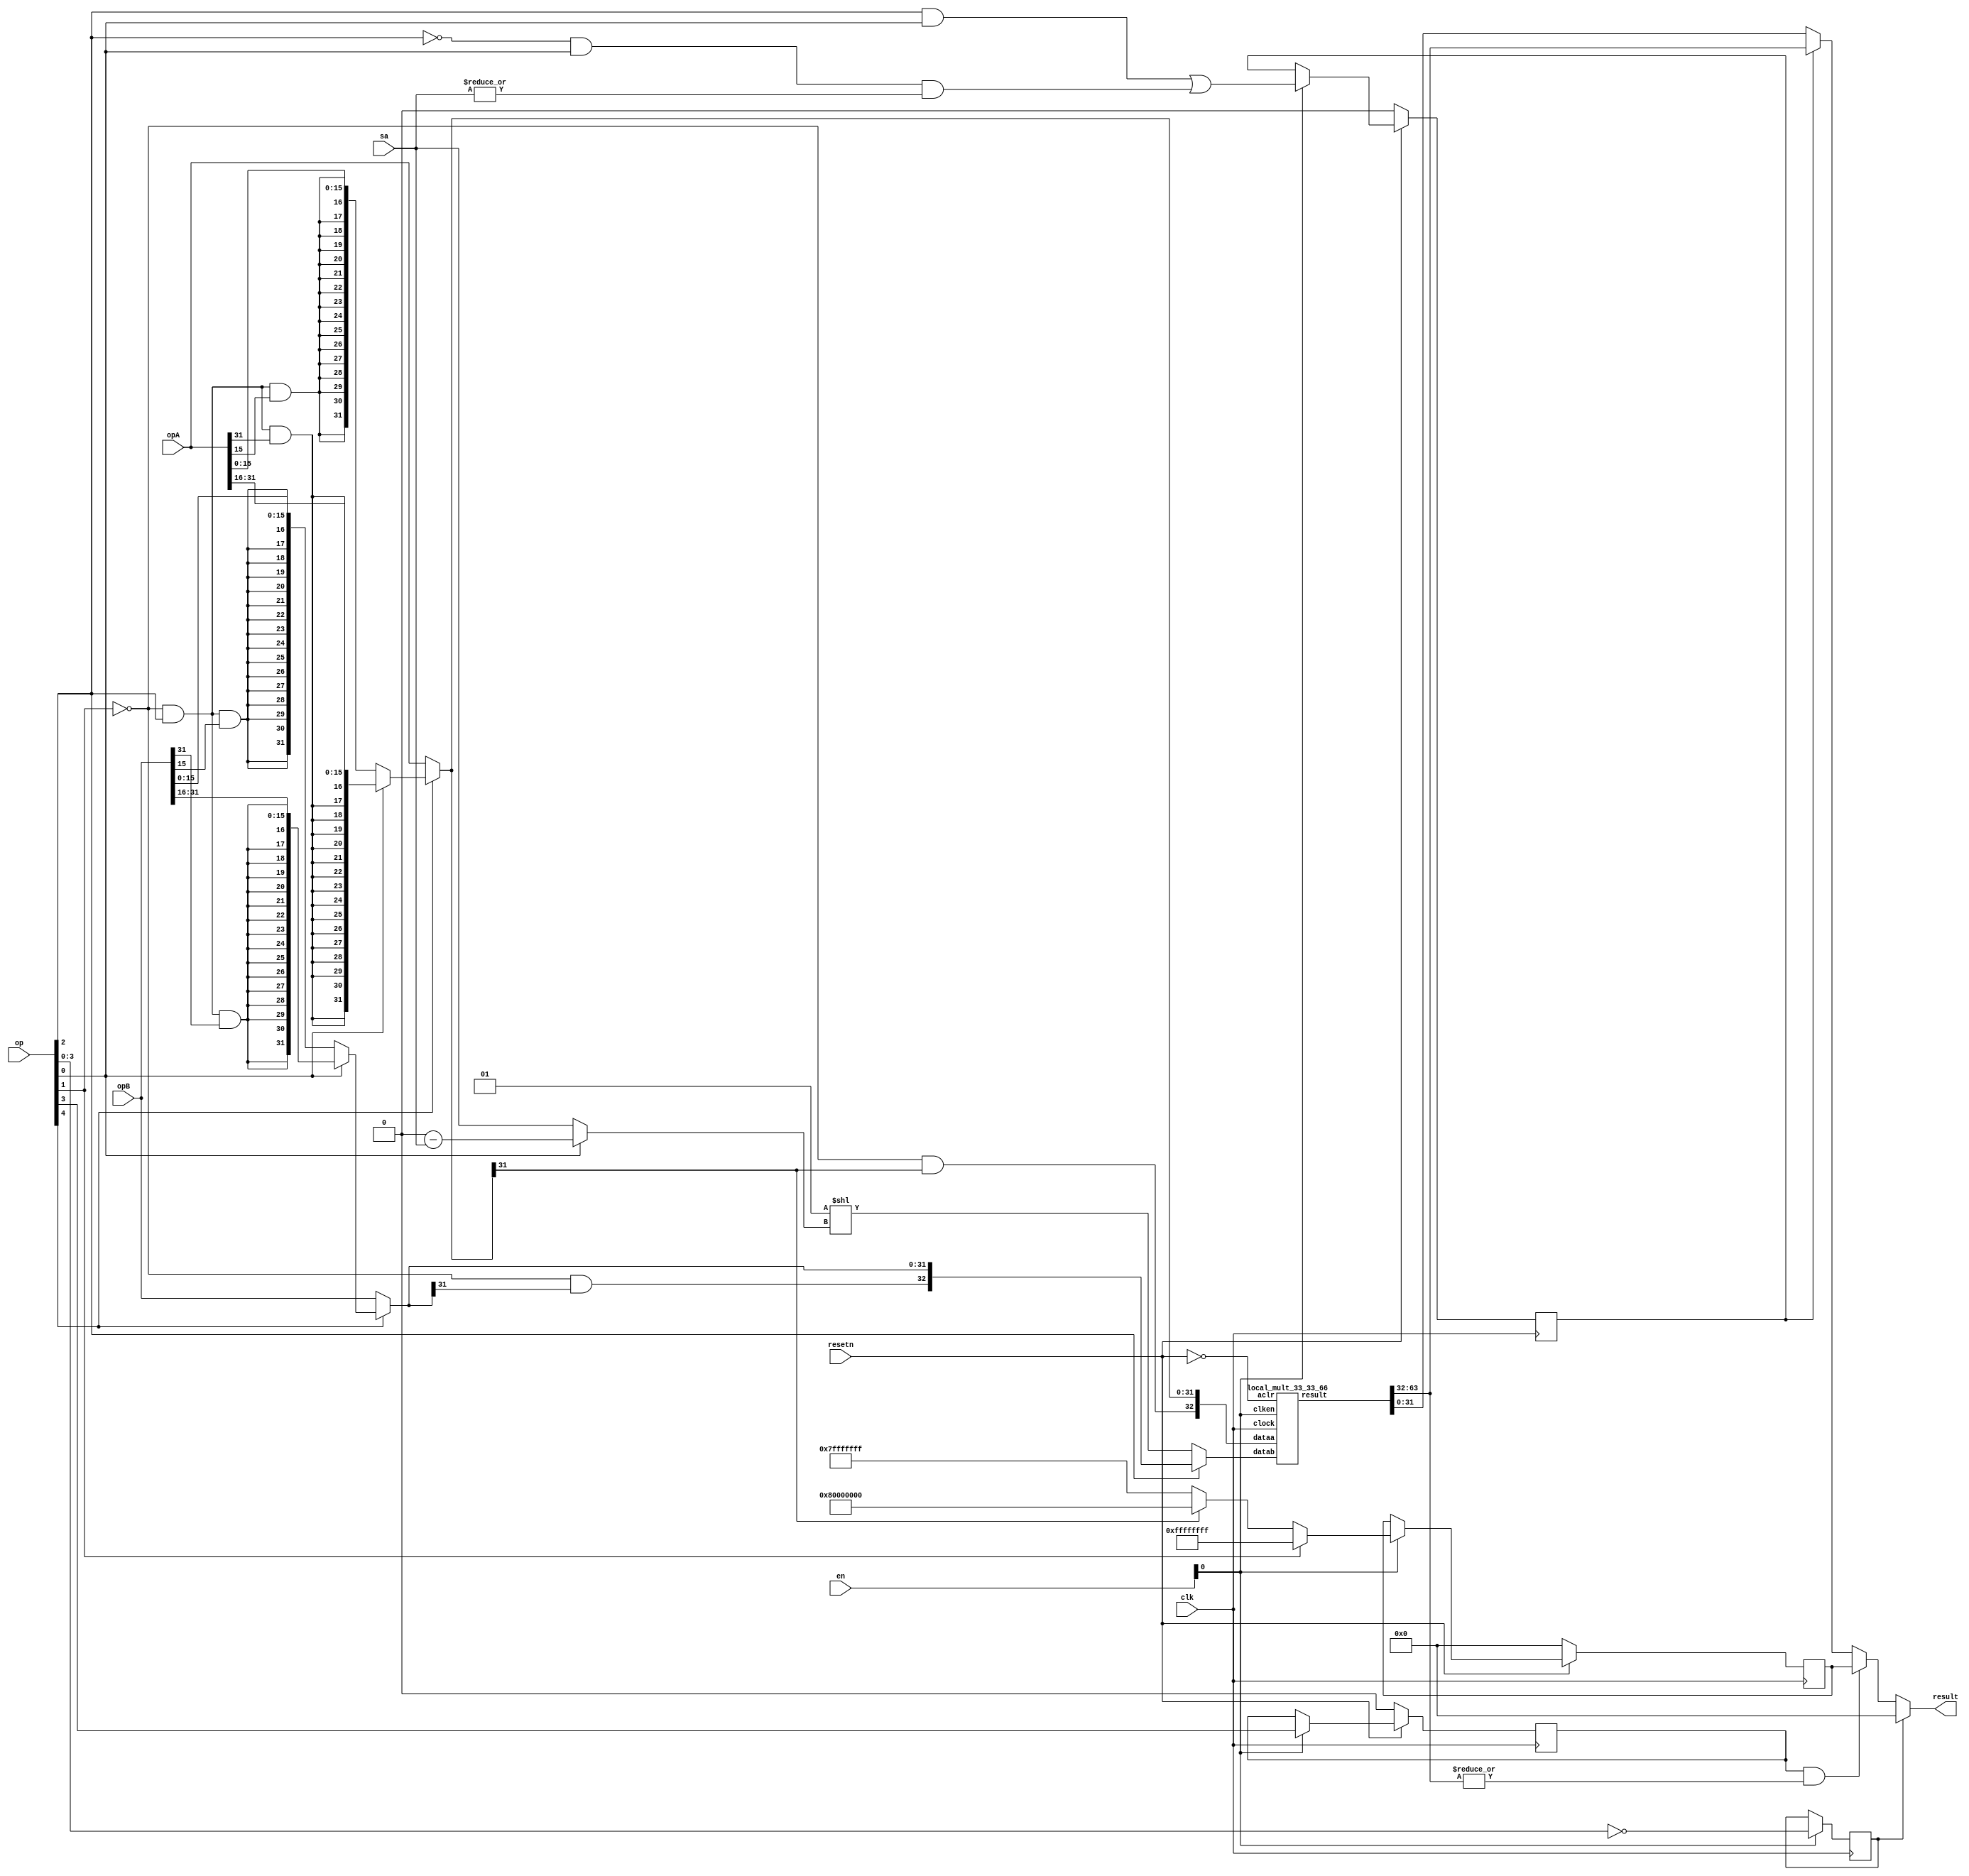
/****************************************************************************
          MUL unit

Operation table

     half sat  op unsign dir
2      0   0   0   0    0    |  Zero (This value is used to reset multiplier)
14     1   0   1   1    0    |  LMULU Lower MULtiply Unsigned
15     1   0   1   1    1    |  UMULU Upper MULtiply Unsigned
16     1   0   1   0    0    |  LMUL Lower MULtiply signed
17     1   0   1   0    1    |  UMUL Upper MULtiply signed
4      0   0   1   1    0    |  MULLOU
4      0   0   1   1    1    |  MULHIU
6      0   0   1   0    0    |  MULLO
6      0   0   1   0    1    |  MULHI
0      0   0   0   1    0    |  ShiftLeft
8      0   1   0   1    0    |  ShiftLeftSatU
10     0   1   0   0    0    |  ShiftLeftSat
1      0   0   0   1    1    |  ShiftRightLogic
3      0   0   0   0    1    |  ShiftRightArith
****************************************************************************/
module vlane_mulshift_32_5(clk, resetn,
            opA, opB, sa,
            op,
            en,
            result
            );
parameter WIDTH=32;
parameter LOG2WIDTH=5;

input clk;
input resetn;

input [WIDTH-1:0] opA;
input [WIDTH-1:0] opB;
input [LOG2WIDTH-1:0] sa;
input [4:0] op;
input [3:1] en;  //Enable for each pipestage

output [WIDTH-1:0] result;

/********* Control Signals *********/
wire is_signed, dir, is_mul, saturate, half;
assign is_mul=op[2];      // selects between opB and the computed shift amount
assign is_signed=~op[1];
assign dir=op[0];         // selects between 2^sa and 2^(32-sa) for right shift
assign saturate=op[3];
assign half=op[4];

/********* Circuit Body *********/
wire dum,dum2,dum3;
wire [WIDTH:0] opB_mux_out;
wire [WIDTH-1:0] opA_mux_out;
wire [WIDTH-1:0] opB_mul;
wire [5-1:0] left_sa;     // Amount of left shift required for both left/right
reg [WIDTH:0] decoded_sa;
wire [WIDTH-1:0] hi;
wire [WIDTH-1:0] lo;

assign opA_mux_out = (~half) ? ( opA ) : (WIDTH<2) ? 0 : (dir) ?
              {{WIDTH/2{is_signed&is_mul&opA[WIDTH-1]}},opA[WIDTH-1:WIDTH/2]} :
              {{WIDTH/2{is_signed&is_mul&opA[WIDTH/2-1]}},opA[WIDTH/2-1:0]};

assign opB_mul = (~half) ? opB : (WIDTH<2) ? 0 : (dir) ? 
              {{WIDTH/2{is_signed&is_mul&opB[WIDTH-1]}},opB[WIDTH-1:WIDTH/2]} :
              {{WIDTH/2{is_signed&is_mul&opB[WIDTH/2-1]}},opB[WIDTH/2-1:0]};

assign opB_mux_out=(is_mul) ? {is_signed&opB_mul[WIDTH-1],opB_mul} : decoded_sa;

reg zeroout;

`ifndef USE_INHOUSE_LOGIC
  `define USE_INHOUSE_LOGIC
`endif

always@(posedge clk)
  if (en[1])
    zeroout<=(op[3:0]==0);

`ifdef USE_INHOUSE_LOGIC
wire [(WIDTH+1)-1:0] dataa;
wire aclr;

assign dataa = {is_signed&opA_mux_out[WIDTH-1],opA_mux_out};
assign aclr = ~resetn;

local_mult_33_33_66 local_mult_component (
.dataa(dataa),
.datab(opB_mux_out),
.clock(clk),
.clken(en[1]),
.aclr(aclr),
.result({dum2,dum,hi,lo})
);
`else 
lpm_mult  lpm_mult_component (
  .dataa ({is_signed&opA_mux_out[WIDTH-1],opA_mux_out}),
  .datab (opB_mux_out),
  .sum(),
  .clock(clk),
  .clken(en[1]),
  .aclr(~resetn),
  .result ({dum2,dum,hi,lo}));
defparam
  lpm_mult_component.lpm_widtha = WIDTH+1,
  lpm_mult_component.lpm_widthb = WIDTH+1,
  lpm_mult_component.lpm_widthp = 2*WIDTH+2,
  lpm_mult_component.lpm_widths = 1,
  lpm_mult_component.lpm_pipeline = 1,
  lpm_mult_component.lpm_type = "LPM_MULT",
  lpm_mult_component.lpm_representation = "SIGNED",
  lpm_mult_component.lpm_hint = "MAXIMIZE_SPEED=6";
`endif
// if A is positive/negative make it maximum/minimum positive/negative
wire [WIDTH-1:0] signedsaturate=
                    (opA_mux_out[WIDTH-1]) ? {1'b1,{WIDTH-1{1'b0}}} : 
                                             {1'b0,{WIDTH-1{1'b1}}};

reg [WIDTH-1:0] saturatedval_s2;
reg saturate_s2;

//Capture saturated value and saturate signal for next stage
always@(posedge clk)
  if (!resetn)
  begin
    saturatedval_s2<=0;
    saturate_s2<=0;
  end
  else if (en[1])
  begin
    saturatedval_s2<=((~is_signed) ? {WIDTH{1'b1}} : signedsaturate);
    saturate_s2<=saturate;
  end

reg sel_hi;

always@(posedge clk)
  if (!resetn)
    sel_hi<=0;
  else if (en[1])
    sel_hi<=(is_mul && dir || ~is_mul && dir && |sa);

assign result =(zeroout) ? 0 : 
                (saturate_s2 && |hi ) ? saturatedval_s2 : 
                (sel_hi) ? hi : lo;


assign {dum3, left_sa}= (dir) ? WIDTH-sa : {1'b0,sa};

//Decoder - computes 2^left_sa
always@*
begin
    decoded_sa=1<<left_sa;
end
endmodule

module local_mult_33_33_66(
dataa,
datab,
clock,
clken,
aclr,
result
);

parameter LPM_WIDTHA = 33;
parameter LPM_WIDTHB = 33;
parameter LPM_WIDTHP = 66;

input [LPM_WIDTHA-1:0] dataa;
input [LPM_WIDTHB-1:0] datab;
input clock;
input clken;
input aclr;
output reg [LPM_WIDTHP-1:0] result;

wire [LPM_WIDTHA-1:0] unsignedinputA;
wire [LPM_WIDTHB-1:0] unsignedinputB;
wire [LPM_WIDTHP-1:0] unsignedoutputP;

wire gated_clock;

assign unsignedinputA = dataa;
assign unsignedinputB = datab;

assign unsignedoutputP = unsignedinputA * unsignedinputB;

assign gated_clock = clock & clken;

always @(posedge gated_clock)begin
    if(aclr)begin
       result <= 0;
    end
    else
       result <= unsignedoutputP; 
end
endmodule